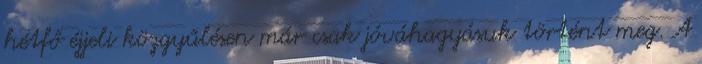
hétfő éjjeli közgyűlésen már csak jóváhagyásuk történt meg. A